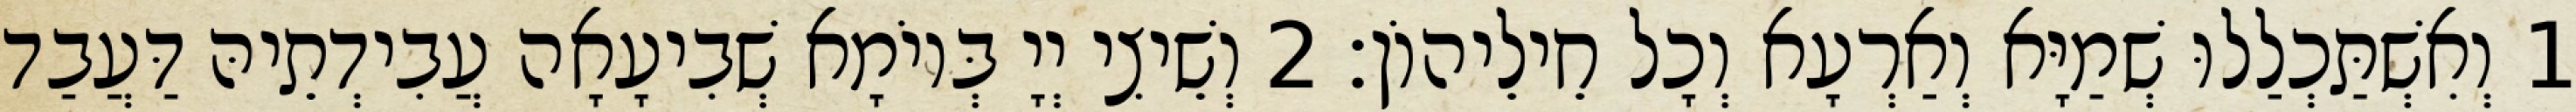
1 וְאִשְׁתַּכְלַלוּ שְׁמַיָּא וְאַרְעָא וְכָל חֵילֵיהוֹן׃ 2 וְשֵׁיצִי יְיָ בְּיוֹמָא שְׁבִיעָאָה עֲבִידְתֵיהּ דַּעֲבַד